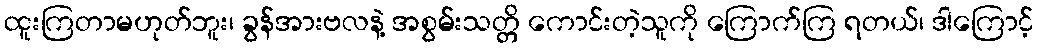
ထူးကြတာမဟုတ်ဘူး၊ ခွန်အားဗလနဲ့ အစွမ်းသတ္တိ ကောင်းတဲ့သူကို ကြောက်ကြ ရတယ်၊ ဒါကြောင့်